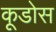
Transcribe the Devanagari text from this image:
कूडोस